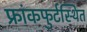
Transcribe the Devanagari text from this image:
फ्रांकफुर्टस्थित